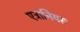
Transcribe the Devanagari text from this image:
एत्रानियस